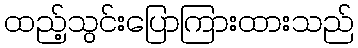
ထည့်သွင်းပြောကြားထားသည်